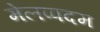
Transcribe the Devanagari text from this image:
मेलप्पदम